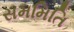
સમમિતિ